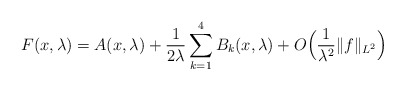
\begin{align*}F(x,\lambda)= A(x,\lambda) + \frac{1}{2\lambda}\sum_{k=1}^4B_k(x,\lambda)+ O\Big(\frac{1}{\lambda^2}\|f\|_{L^2}\Big)\end{align*}